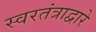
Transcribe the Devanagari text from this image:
स्वरतंत्राद्वारे